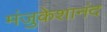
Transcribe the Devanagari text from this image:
मंजुकेशानंद